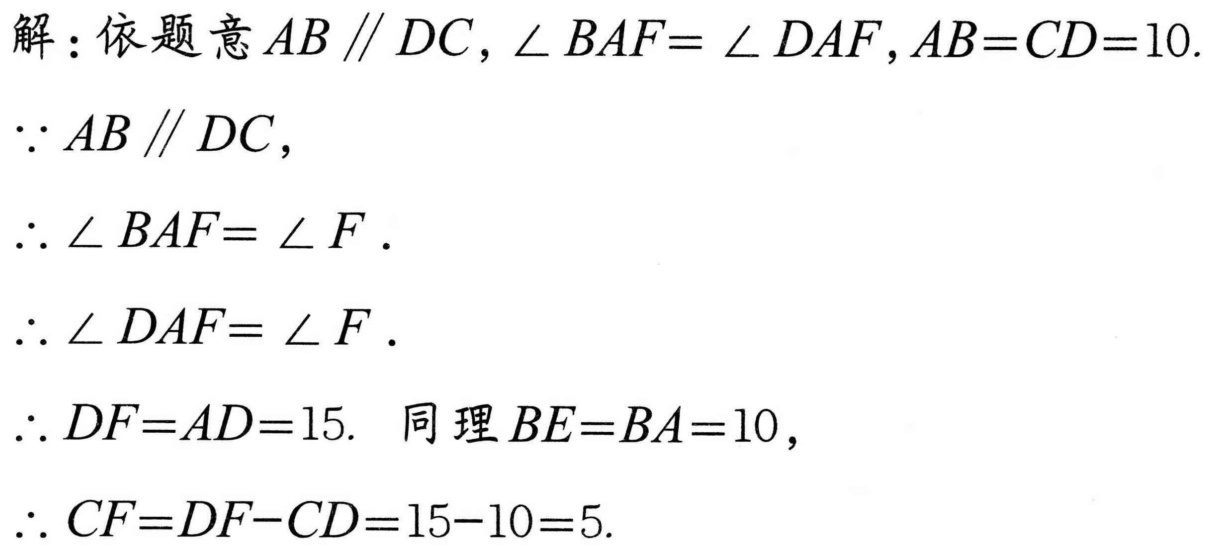
解：依题意$AB\parallel DC,\angle BAF = \angle DAF,AB = CD = 10.$
$\because AB\parallel DC,$
$\therefore \angle BAF=\angle F.$
$\therefore \angle DAF=\angle F.$
$\therefore DF = AD = 15.$ 同理$BE = BA = 10,$
$\therefore CF=DF - CD=15 - 10 = 5.$